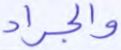
والجراد